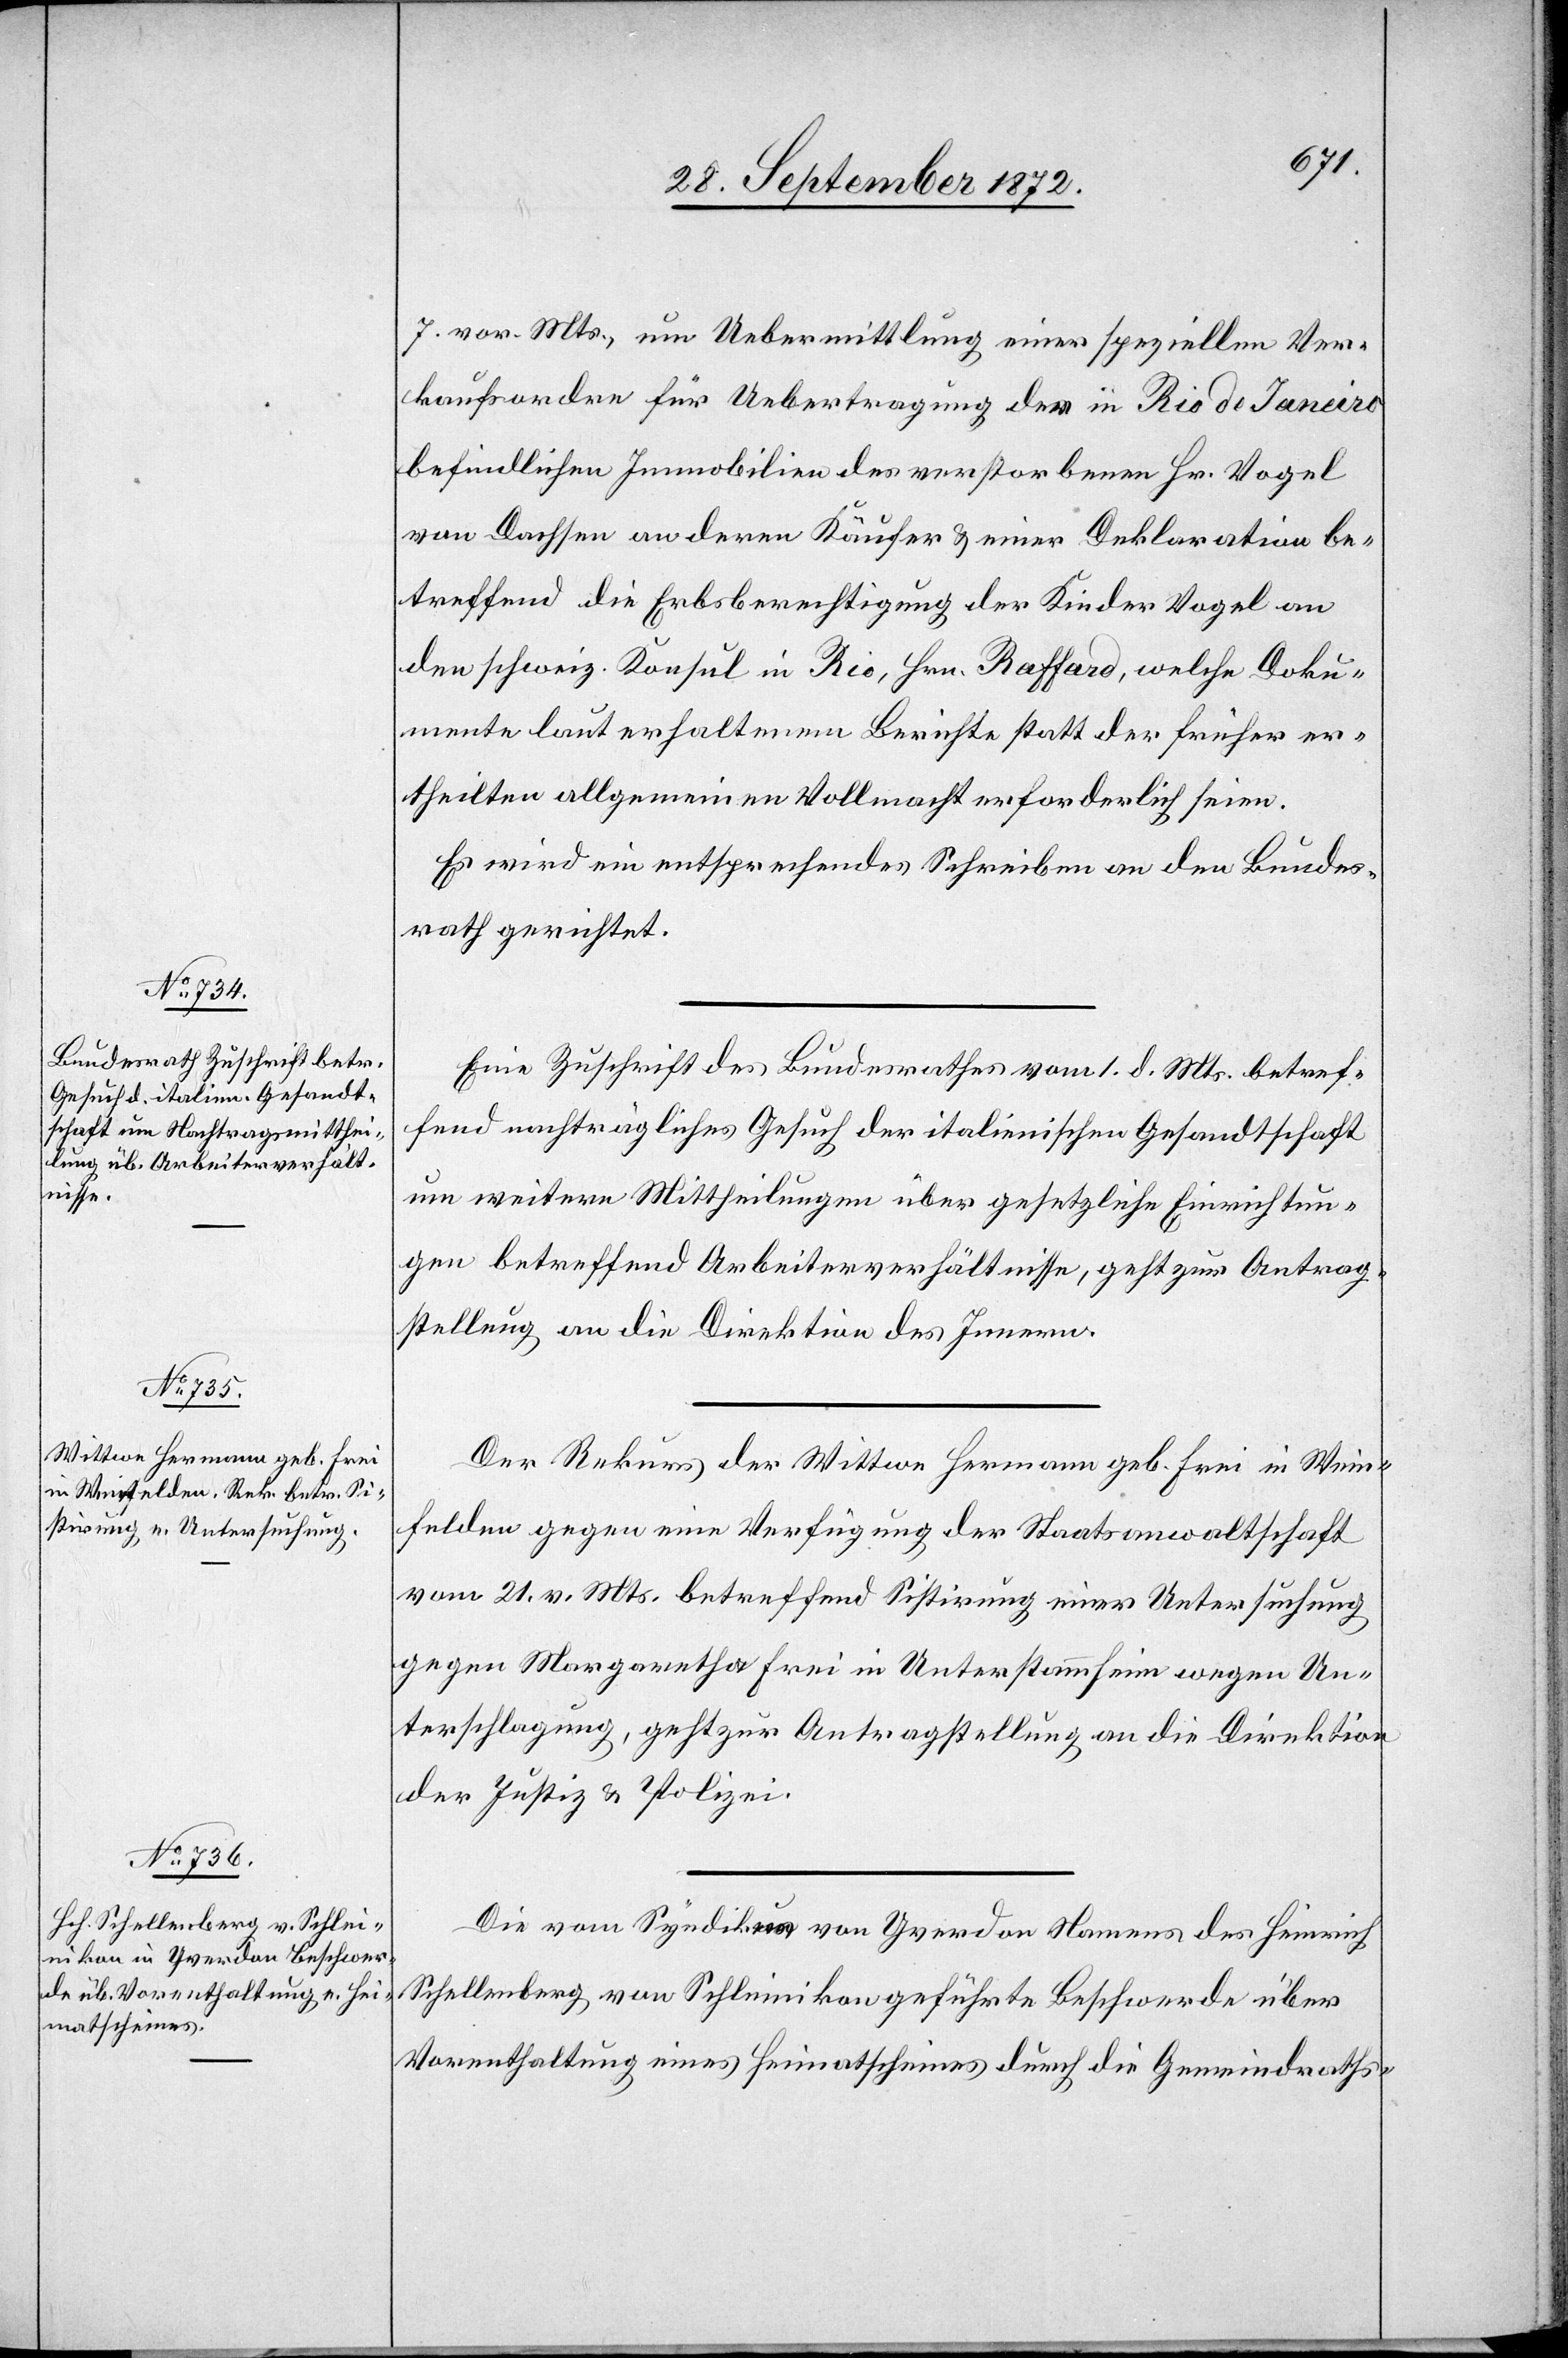
7. vor. Mts., um Uebermittlung einer speziellen Ver¬
kaufsordre für Uebertragung der in Rio de Janeiro
befindlichen Immobilien des verstorbenen Hr. Vogel
von Dachsen an deren Käufer u. einer Deklaration be¬
treffend die Erbsberechtigung der Kinder Vogel an
den schweiz. Konsul in Rio, Hrn. Raffard, welche Doku¬
mente laut erhaltenem Berichte statt der früher er¬
theilten allgemeinen Vollmacht erforderlich seien.
Es wird ein entsprechendes Schreiben an den Bundes¬
rath gerichtet.
Eine Zuschrift des Bundesrathes vom 1. d. Mts. betref¬
fend nachträgliches Gesuch der italienischen Gesandtschaft
um weitere Mittheilung über gesetzliche Einrichtun¬
gen betreffend Arbeiterverhältnisse, geht zur Antrag¬
stellung an die Direktion des Innern.
Der Rekurs der Wittwe Hermann geb. Frei in Wein¬
felden gegen eine Verfügung der Staatsanwaltschaft
vom 21. v. Mts. betreffend Sistirung einer Untersuchung
gegen Margaretha Frei in Unterstammheim wegen Un¬
terschlagung, geht zur Antragstellung an die Direktion
der Justiz u. Polizei.
Die vom Syndikus von Yverdon Namens des Heinrich
Schellenberg von Schleinikon geführte Beschwerde über
Vorenthaltung eines Heimatscheines durch die Gemeindraths-